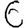
Digit: 6